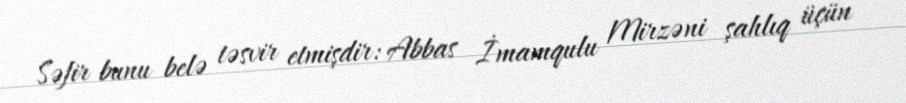
Səfir bunu belə təsvir etmişdir: Abbas İmamqulu Mirzəni şahlıq üçün